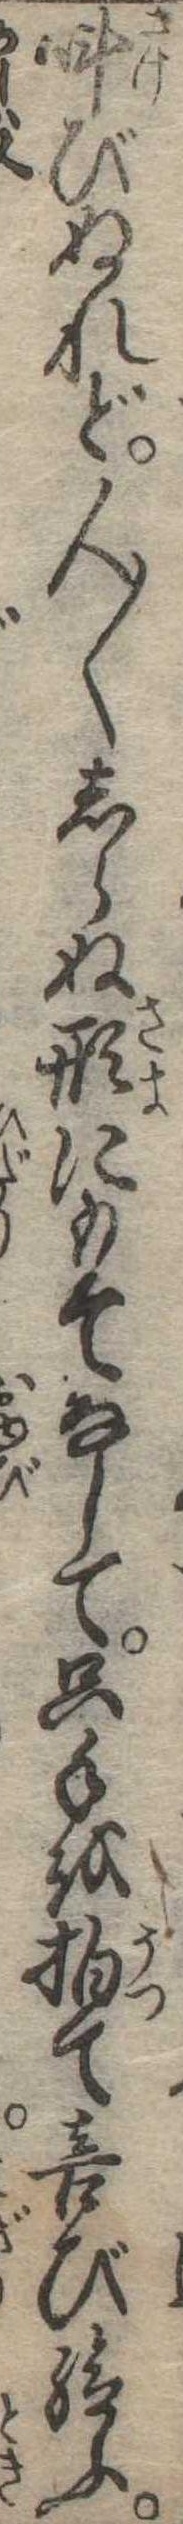
叫びぬれど人〱しらぬ形にもてなして只手を拍て喜び給ふ